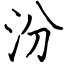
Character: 汾